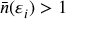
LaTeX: { \bar { n } } ( \varepsilon _ { i } ) > 1